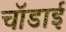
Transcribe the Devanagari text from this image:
चॉडाई